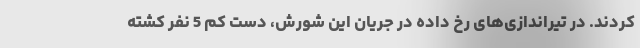
کردند. در تیراندازی‌های رخ داده در جریان این شورش، دست کم 5 نفر کشته